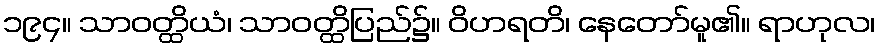
၁၉၄။ သာဝတ္ထိယံ၊ သာဝတ္ထိပြည်၌။ ဝိဟရတိ၊ နေတော်မူ၏။ ရာဟုလ၊